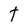
Character: t